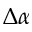
\Delta \alpha